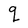
Character: q